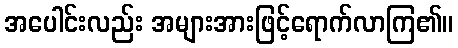
အပေါင်းလည်း အများအားဖြင့်ရောက်လာကြ၏။